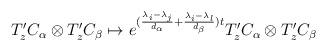
LaTeX: \begin{align*}T^{\prime}_{z}C_{\alpha}\otimes T^{\prime}_{z}C_{\beta}\mapsto e^{(\frac{\lambda_{i}-\lambda_{j}}{d_{\alpha}}+\frac{\lambda_{i}-\lambda_{l}}{d_{\beta}})t}T^{\prime}_{z}C_{\alpha}\otimes T^{\prime}_{z}C_{\beta}\end{align*}